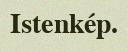
Istenkép.